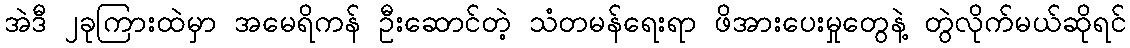
အဲဒီ ၂ခုကြားထဲမှာ အမေရိကန် ဦးဆောင်တဲ့ သံတမန်ရေးရာ ဖိအားပေးမှုတွေနဲ့ တွဲလိုက်မယ်ဆိုရင်